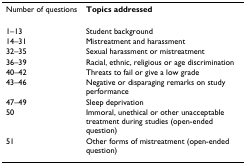
| Number of questions | Topics addressed |
 | --- | --- |
 | 1–13 | Student background |
 | 14–31 | Mistreatment and harassment |
 | 32–35 | Sexual harassment or mistreatment |
 | 36–39 | Racial, ethnic, religious or age discrimination |
 | 40–42 | Threats to fail or give a low grade |
 | 43–46 | Negative or disparaging remarks on study performance |
 | 47–49 | Sleep deprivation |
 | 50 | Immoral, unethical or other unacceptable treatment during studies (open-ended question) |
 | 51 | Other forms of mistreatment (open-ended question) |